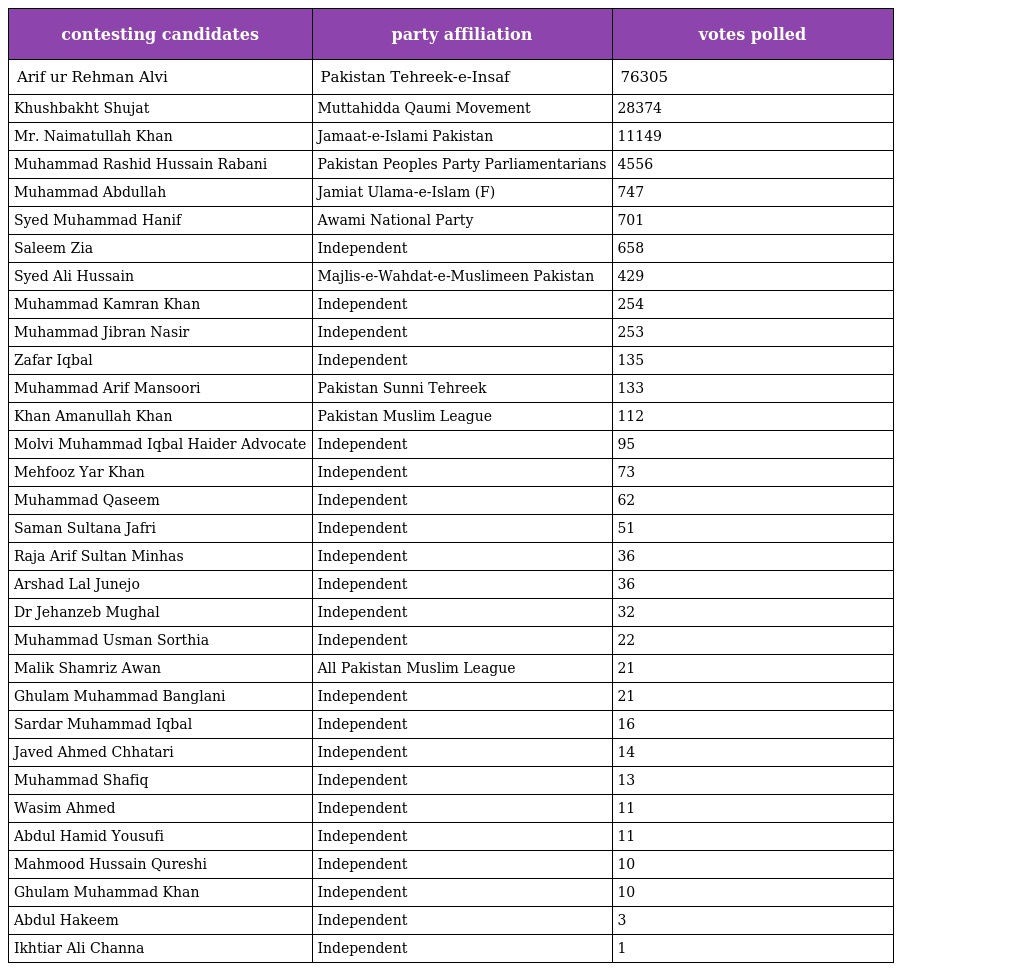
| contesting candidates | party affiliation | votes polled |
 | --- | --- | --- |
 | Arif ur Rehman Alvi | Pakistan Tehreek-e-Insaf | 76305 |
 | Khushbakht Shujat | Muttahidda Qaumi Movement | 28374 |
 | Mr. Naimatullah Khan | Jamaat-e-Islami Pakistan | 11149 |
 | Muhammad Rashid Hussain Rabani | Pakistan Peoples Party Parliamentarians | 4556 |
 | Muhammad Abdullah | Jamiat Ulama-e-Islam (F) | 747 |
 | Syed Muhammad Hanif | Awami National Party | 701 |
 | Saleem Zia | Independent | 658 |
 | Syed Ali Hussain | Majlis-e-Wahdat-e-Muslimeen Pakistan | 429 |
 | Muhammad Kamran Khan | Independent | 254 |
 | Muhammad Jibran Nasir | Independent | 253 |
 | Zafar Iqbal | Independent | 135 |
 | Muhammad Arif Mansoori | Pakistan Sunni Tehreek | 133 |
 | Khan Amanullah Khan | Pakistan Muslim League | 112 |
 | Molvi Muhammad Iqbal Haider Advocate | Independent | 95 |
 | Mehfooz Yar Khan | Independent | 73 |
 | Muhammad Qaseem | Independent | 62 |
 | Saman Sultana Jafri | Independent | 51 |
 | Raja Arif Sultan Minhas | Independent | 36 |
 | Arshad Lal Junejo | Independent | 36 |
 | Dr Jehanzeb Mughal | Independent | 32 |
 | Muhammad Usman Sorthia | Independent | 22 |
 | Malik Shamriz Awan | All Pakistan Muslim League | 21 |
 | Ghulam Muhammad Banglani | Independent | 21 |
 | Sardar Muhammad Iqbal | Independent | 16 |
 | Javed Ahmed Chhatari | Independent | 14 |
 | Muhammad Shafiq | Independent | 13 |
 | Wasim Ahmed | Independent | 11 |
 | Abdul Hamid Yousufi | Independent | 11 |
 | Mahmood Hussain Qureshi | Independent | 10 |
 | Ghulam Muhammad Khan | Independent | 10 |
 | Abdul Hakeem | Independent | 3 |
 | Ikhtiar Ali Channa | Independent | 1 |